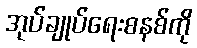
အုပ်ချုပ်ရေးစနစ်ကို